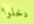
دخلوا